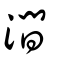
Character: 𡼏